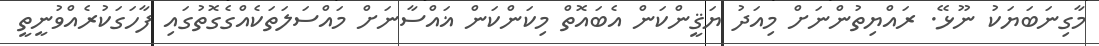
މާގިނަބަޔަކު ނޫޅޭ. ރައްޔިތުންނަށް މިއަދު ޔަޤީންކަން އެބައޮތް މިކަންކަން ޣައްސާނަށް މައްސަލަތަކެއްގެގޮތުގައި ފާހަގަކުރެއްވުނީތީ